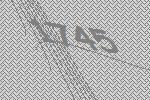
1745